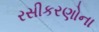
રસીકરણોના